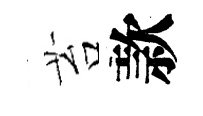
苔款